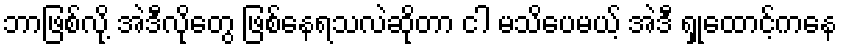
ဘာဖြစ်လို့ အဲဒီလိုတွေ ဖြစ်နေရသလဲဆိုတာ ငါ မသိပေမယ့် အဲဒီ ရှုထောင့်ကနေ